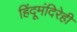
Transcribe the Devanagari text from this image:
हिंदूमंदिरेही